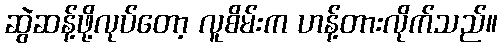
ဆွဲဆန့်ဖို့လုပ်တော့ လူစိမ်းက ဟန့်တားလိုက်သည်။